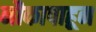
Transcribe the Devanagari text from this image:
नौकापाहून